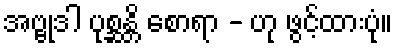
အဗ္ဗုဒါ ပုစ္ဆန္တိ စောရာ - ဟု ဖွင့်ထားပုံ။